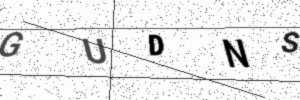
Text: GUDNS